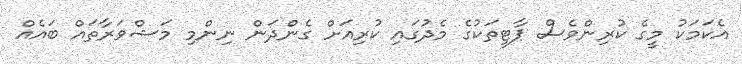
އެކަމަކު މީގެ ކުރިންވެސް ޕާޓީތަކުގެ މެދުގައި ކުރިއަށް ގެންދަން ނިންމި މަޝްވަރާތައް ބައެއް